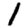
Digit: 1